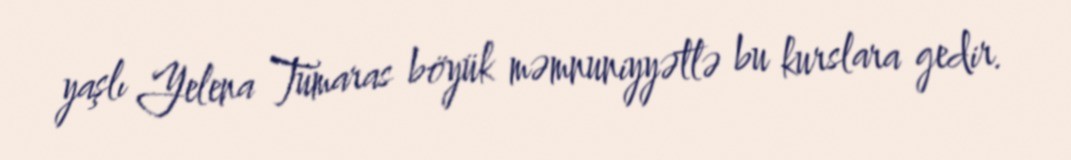
yaşlı Yelena Tumaras böyük məmnuniyyətlə bu kurslara gedir.